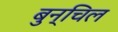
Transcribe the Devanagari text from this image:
बुन्चिल